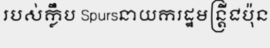
របស់ក្លឹប Spursនាយករដ្ឋមន្ត្រីជប៉ុន